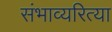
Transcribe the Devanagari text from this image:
संभाव्यरित्या